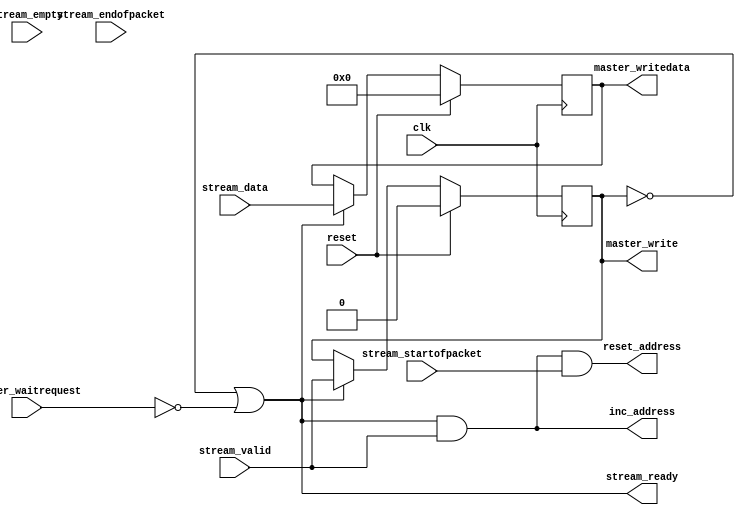
/******************************************************************************
 * License Agreement                                                          *
 *                                                                            *
 * Copyright (c) 1991-2010 Altera Corporation, San Jose, California, USA.     *
 * All rights reserved.                                                       *
 *                                                                            *
 * Any megafunction design, and related net list (encrypted or decrypted),    *
 *  support information, device programming or simulation file, and any other *
 *  associated documentation or information provided by Altera or a partner   *
 *  under Altera's Megafunction Partnership Program may be used only to       *
 *  program PLD devices (but not masked PLD devices) from Altera.  Any other  *
 *  use of such megafunction design, net list, support information, device    *
 *  programming or simulation file, or any other related documentation or     *
 *  information is prohibited for any other purpose, including, but not       *
 *  limited to modification, reverse engineering, de-compiling, or use with   *
 *  any other silicon devices, unless such use is explicitly licensed under   *
 *  a separate agreement with Altera or a megafunction partner.  Title to     *
 *  the intellectual property, including patents, copyrights, trademarks,     *
 *  trade secrets, or maskworks, embodied in any such megafunction design,    *
 *  net list, support information, device programming or simulation file, or  *
 *  any other related documentation or information provided by Altera or a    *
 *  megafunction partner, remains with Altera, the megafunction partner, or   *
 *  their respective licensors.  No other licenses, including any licenses    *
 *  needed under any third party's intellectual property, are provided herein.*
 *  Copying or modifying any file, or portion thereof, to which this notice   *
 *  is attached violates this copyright.                                      *
 *                                                                            *
 * THIS FILE IS PROVIDED "AS IS", WITHOUT WARRANTY OF ANY KIND, EXPRESS OR    *
 * IMPLIED, INCLUDING BUT NOT LIMITED TO THE WARRANTIES OF MERCHANTABILITY,   *
 * FITNESS FOR A PARTICULAR PURPOSE AND NONINFRINGEMENT. IN NO EVENT SHALL    *
 * THE AUTHORS OR COPYRIGHT HOLDERS BE LIABLE FOR ANY CLAIM, DAMAGES OR OTHER *
 * LIABILITY, WHETHER IN AN ACTION OF CONTRACT, TORT OR OTHERWISE, ARISING    *
 * FROM, OUT OF OR IN CONNECTION WITH THIS FILE OR THE USE OR OTHER DEALINGS  *
 * IN THIS FILE.                                                              *
 *                                                                            *
 * This agreement shall be governed in all respects by the laws of the State  *
 *  of California and by the laws of the United States of America.            *
 *                                                                            *
 ******************************************************************************/

module altera_up_video_dma_to_memory (
	// Inputs
	clk,
	reset,

	stream_data,
	stream_startofpacket,
	stream_endofpacket,
	stream_empty,
	stream_valid,

	master_waitrequest,
	
	// Bidirectional

	// Outputs
	stream_ready,

	master_write,
	master_writedata,

	inc_address,
	reset_address
);

/*****************************************************************************
 *                           Parameter Declarations                          *
 *****************************************************************************/

parameter DW						=  15; // Frame's datawidth
parameter EW						=   0; // Frame's empty width

parameter MDW						=  15; // Avalon master's datawidth

/*****************************************************************************
 *                             Port Declarations                             *
 *****************************************************************************/

// Inputs
input				clk;
input				reset;

input		[DW: 0]	stream_data;
input				stream_startofpacket;
input				stream_endofpacket;
input		[EW: 0]	stream_empty;
input				stream_valid;

input				master_waitrequest;
	
// Bidirectional

// Outputs
output				stream_ready;

output				master_write;
output		[MDW:0]	master_writedata;

output				inc_address;
output				reset_address;

/*****************************************************************************
 *                           Constant Declarations                           *
 *****************************************************************************/


/*****************************************************************************
 *                 Internal wires and registers Declarations                 *
 *****************************************************************************/

// Internal Wires

// Internal Registers
reg			[DW: 0] temp_data;
reg					temp_valid;

// State Machine Registers

// Integers

/*****************************************************************************
 *                         Finite State Machine(s)                           *
 *****************************************************************************/


/*****************************************************************************
 *                             Sequential logic                              *
 *****************************************************************************/

// Output Registers

// Internal Registers
always @(posedge clk)
begin
	if (reset)
	begin
		temp_data	<=  'h0;
		temp_valid	<= 1'b0;
	end
	else if (stream_ready)
	begin
		temp_data	<= stream_data;
		temp_valid	<= stream_valid;
	end
end

/*****************************************************************************
 *                            Combinational logic                            *
 *****************************************************************************/
// Output Assignments
assign stream_ready		= ~temp_valid | ~master_waitrequest;

assign master_write		= temp_valid;
assign master_writedata	= temp_data;

assign inc_address		= stream_ready & stream_valid;
assign reset_address	= inc_address & stream_startofpacket;

// Internal Assignments

/*****************************************************************************
 *                              Internal Modules                             *
 *****************************************************************************/


endmodule